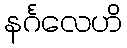
နင်္ဂလေဟိ